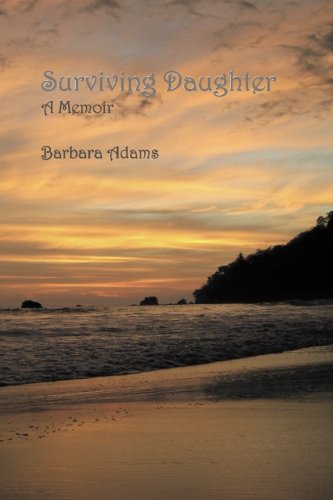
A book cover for Surviving Daughter, a memoir; Barbara Adams; Parenting & Relationships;